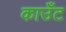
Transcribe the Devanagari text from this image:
काउँट